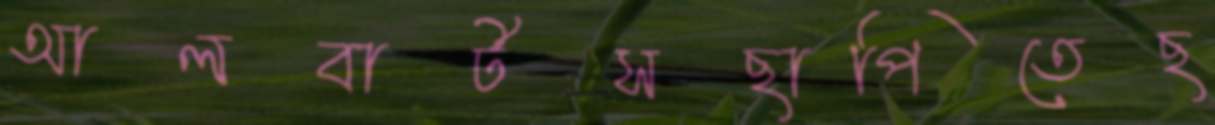
আলবার্টসছাপিতেছ